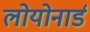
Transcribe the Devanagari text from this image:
लोयोनार्ड